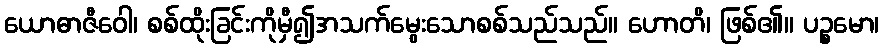
ယောဓာဇီဝေါ၊ စစ်ထိုးခြင်းကိုမှီ၍အသက်မွေးသောစစ်သည်သည်။ ဟောတိ၊ ဖြစ်၏။ ပဉ္စမော၊